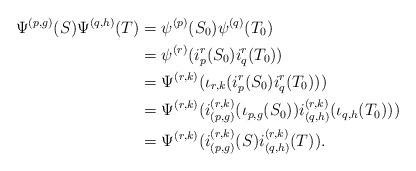
LaTeX: \begin{align*} \Psi^{(p,g)}(S)\Psi^{(q,h)}(T) &= \psi^{(p)}(S_0) \psi^{(q)}(T_0) \\ &= \psi^{(r)}(i_p^r(S_0) i_q^r(T_0)) \\ &= \Psi^{(r,k)}(\iota_{r,k}(i_p^r(S_0) i_q^r(T_0))) \\ &= \Psi^{(r,k)}(i_{(p,g)}^{(r,k)}(\iota_{p,g}(S_0)) i_{(q,h)}^{(r,k)}(\iota_{q,h}(T_0))) \\ &= \Psi^{(r,k)}(i_{(p,g)}^{(r,k)}(S) i_{(q,h)}^{(r,k)}(T)). \end{align*}